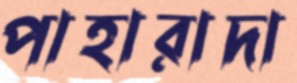
পাহারাদা